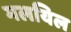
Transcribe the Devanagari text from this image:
मलयिल